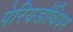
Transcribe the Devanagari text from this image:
पेरियडोंथियम